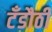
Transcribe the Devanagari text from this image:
टँडौठी